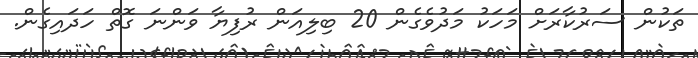
ތަކުން ސަރުކާރަށް މަހަކު މަދުވެގެން 20 ބިލިއަން ރުފިޔާ ވަންނަ ގޮތް ހަދައިގެން.